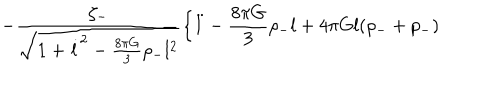
- \frac { \zeta _ { - } } { \sqrt { 1 + \dot { l } ^ { 2 } - \frac { 8 \pi G } { 3 } \rho _ { - } l ^ { 2 } } } \Bigl \{ \ddot { l } - \frac { 8 \pi G } { 3 } \rho _ { - } l + 4 \pi G l ( \rho _ { - } + p _ { - } )